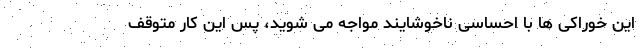
این خوراکی ها با احساسی ناخوشایند مواجه می شوید، پس این کار متوقف